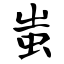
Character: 蚩